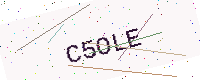
Text: C5OLE